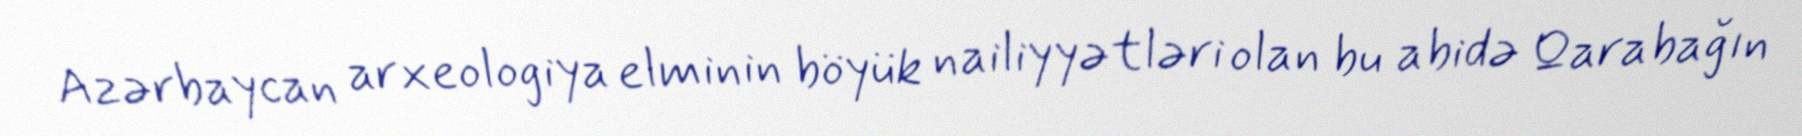
Azərbaycan arxeologiya elminin böyük nailiyyətləri olan bu abidə Qarabağın